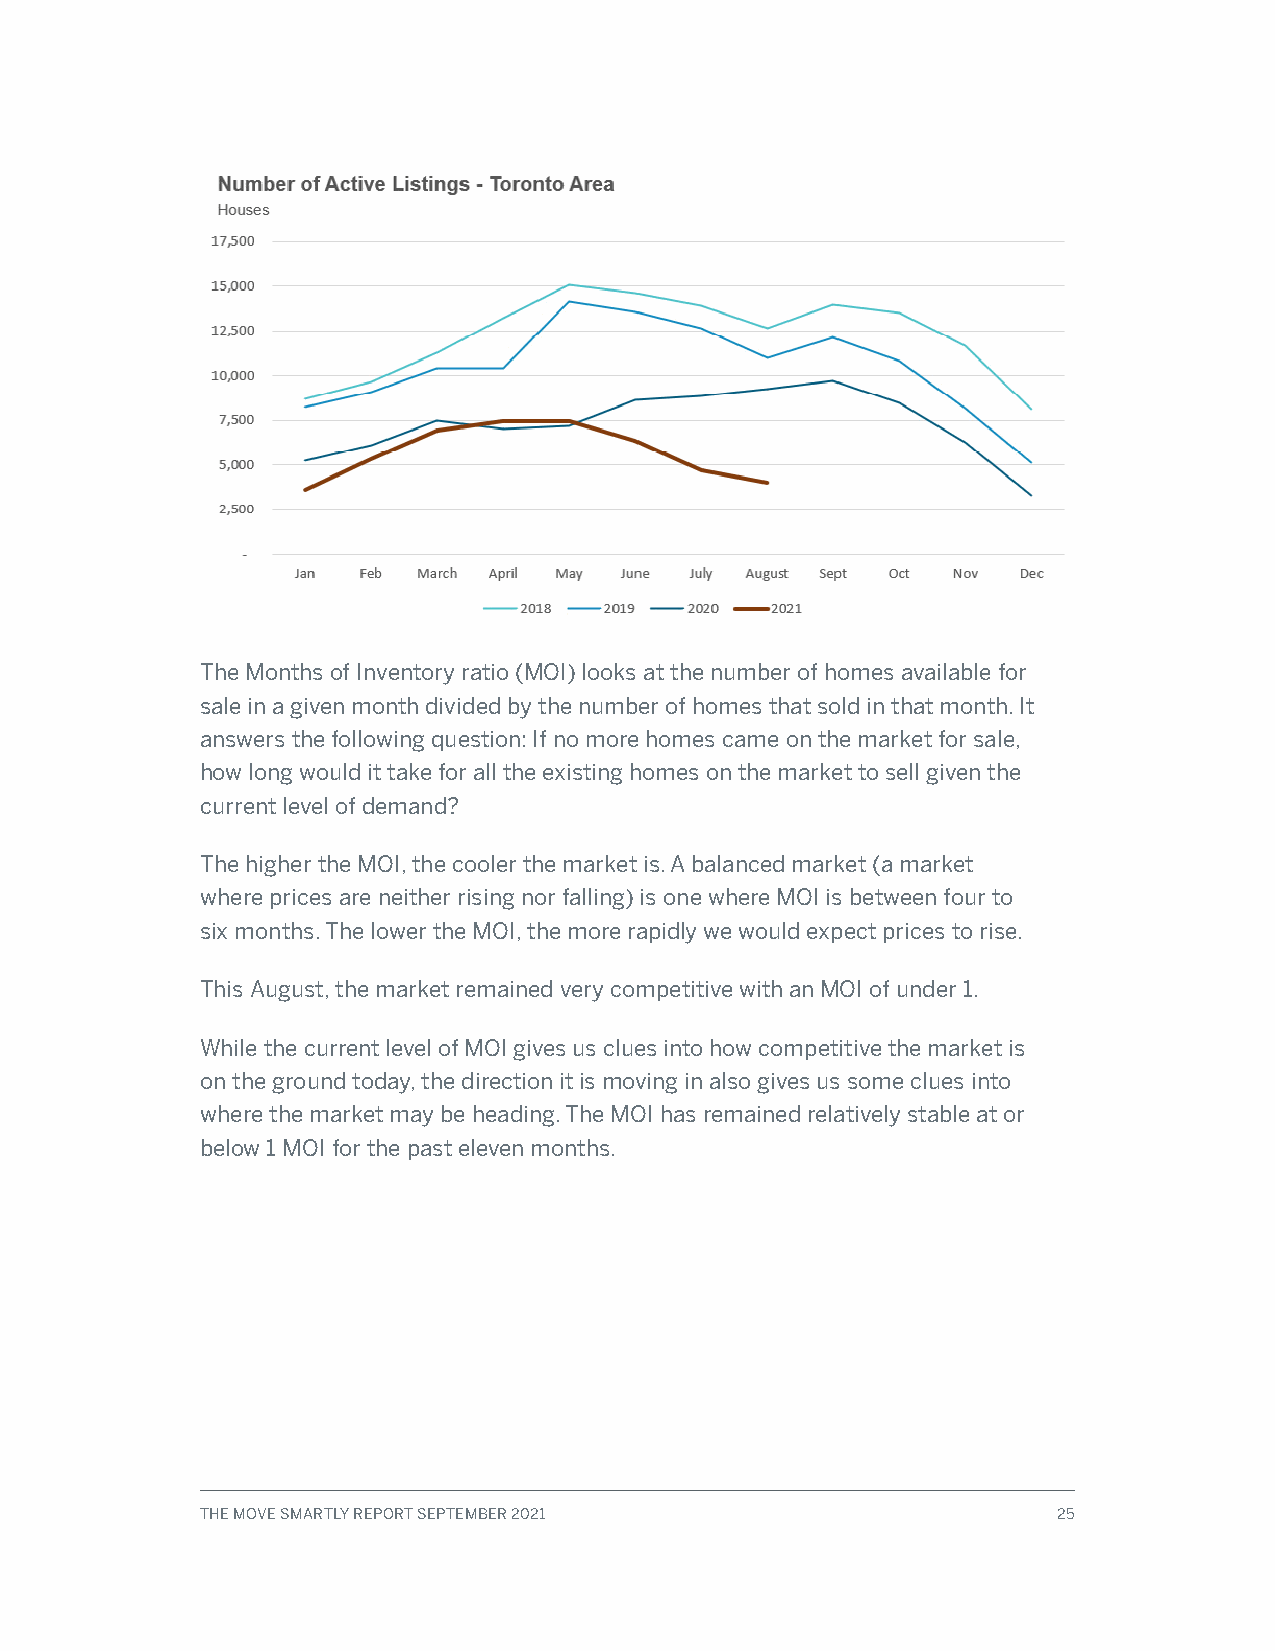
The Months of Inventory ratio (MOI) looks at the number of homes available for
 sale in a given month divided by the number of homes that sold in that month. It
 answers the following question: If no more homes came on the market for sale,
 how long would it take for all the existing homes on the market to sell given the
 current level of demand?
 The higher the MOI, the cooler the market is. A balanced market (a market
 where prices are neither rising nor falling) is one where MOI is between four to
 six months. The lower the MOI, the more rapidly we would expect prices to rise.
 This August, the market remained very competitive with an MOI of under 1.
 While the current level of MOI gives us clues into how competitive the market is
 on the ground today, the direction it is moving in also gives us some clues into
 where the market may be heading. The MOI has remained relatively stable at or
 below 1 MOI for the past eleven months.
 THE MOVE SMARTLY REPORT SEPTEMBER 2021                   25